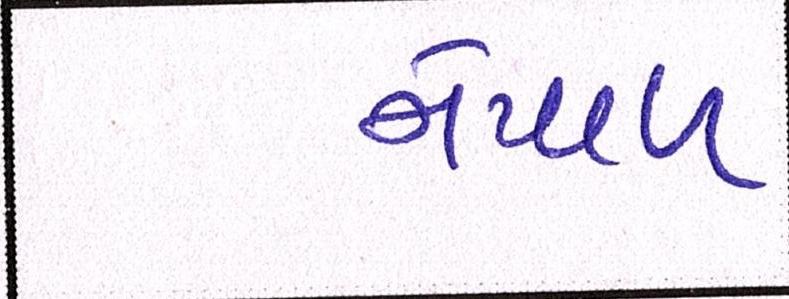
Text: નેપાળ